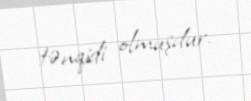
tənqidi olmuşdur.